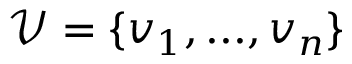
\mathcal { V } = \{ v _ { 1 } , . . . , v _ { n } \}